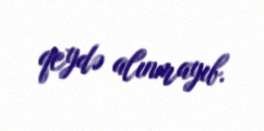
qeydə alınmayıb.